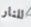
للنار